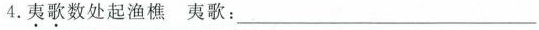
4.夷歌数处起渔樵 夷歌：_____